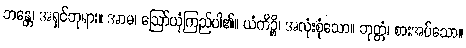
ဘန္တေ၊ အရှင်ဘုရား။ အာမ၊ ဩော်ယုံကြည်ပါ၏။ ယံကိဉ္စိ၊ အလုံးစုံသော။ ဘုတ္တံ၊ စားအပ်သော။